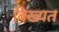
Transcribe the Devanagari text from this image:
बिख्यत